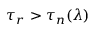
\tau _ { r } > \tau _ { n } ( \lambda )